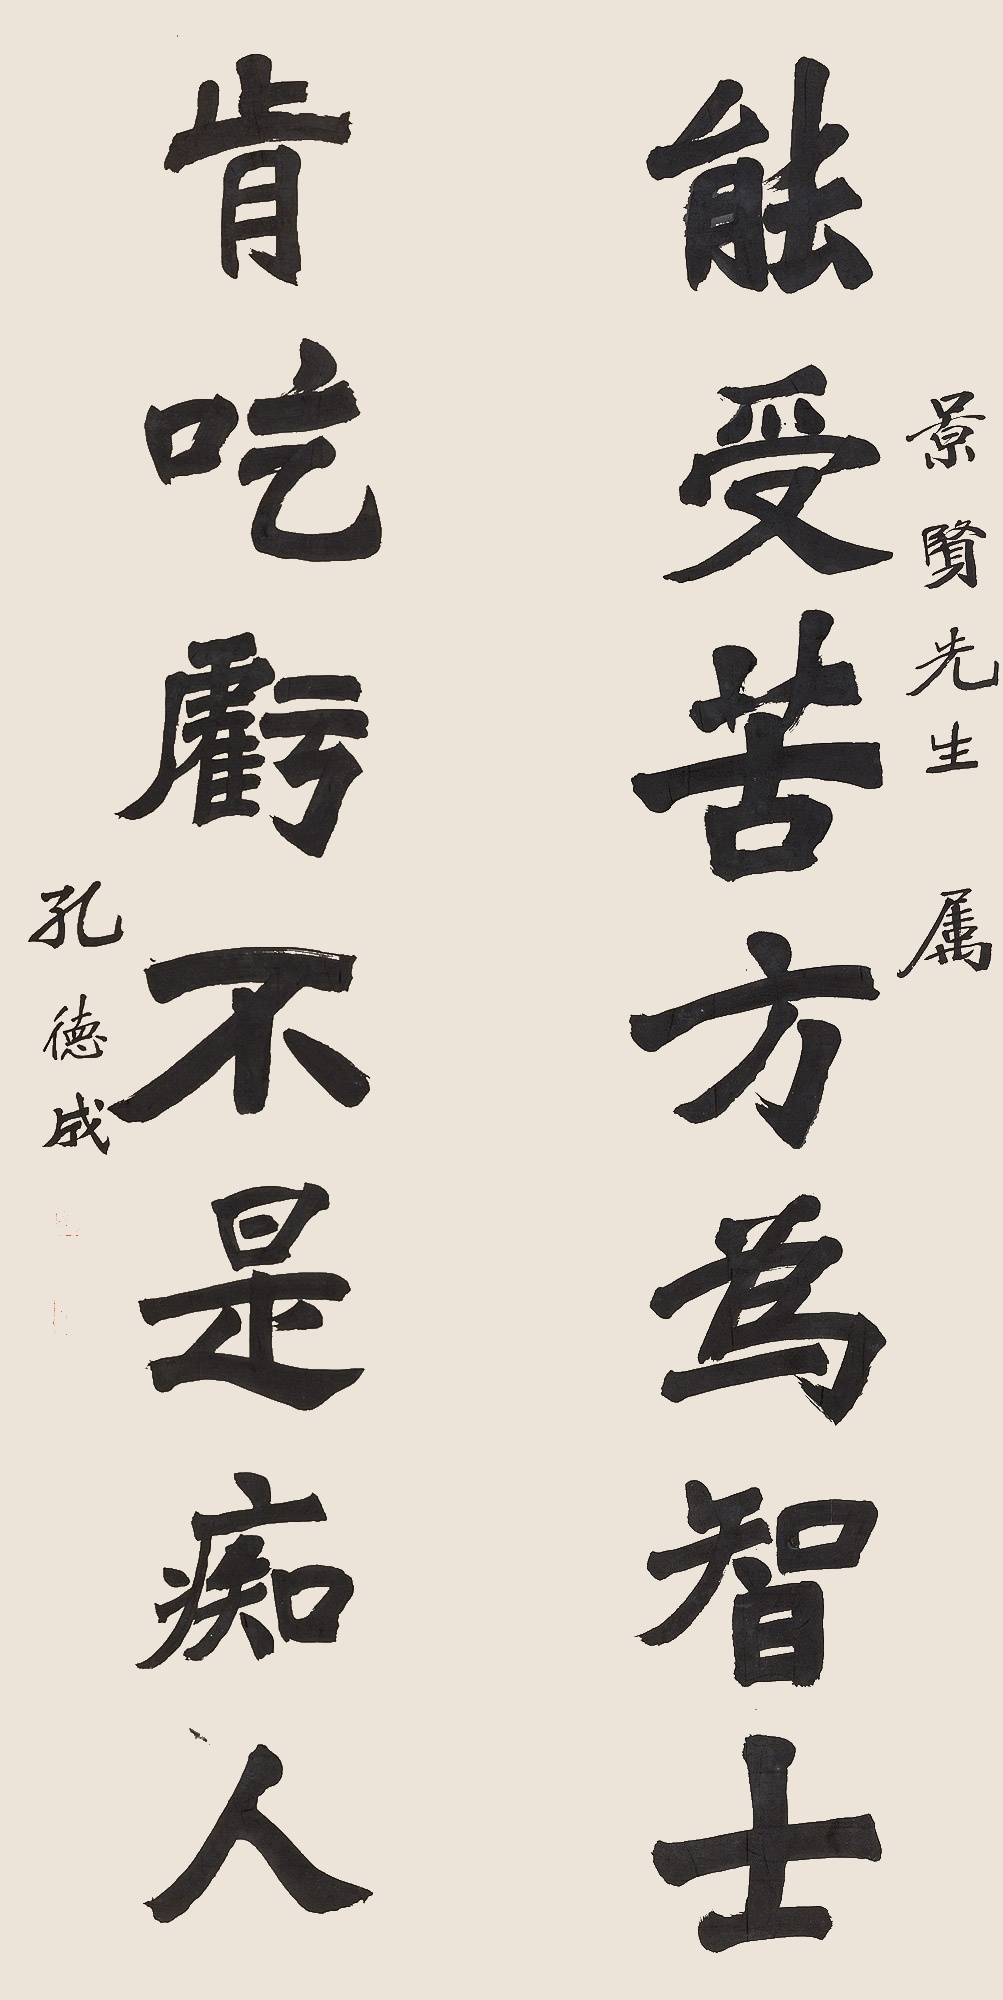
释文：能受苦方为智士，肯吃亏不是痴人。景贤先生属，孔德成。